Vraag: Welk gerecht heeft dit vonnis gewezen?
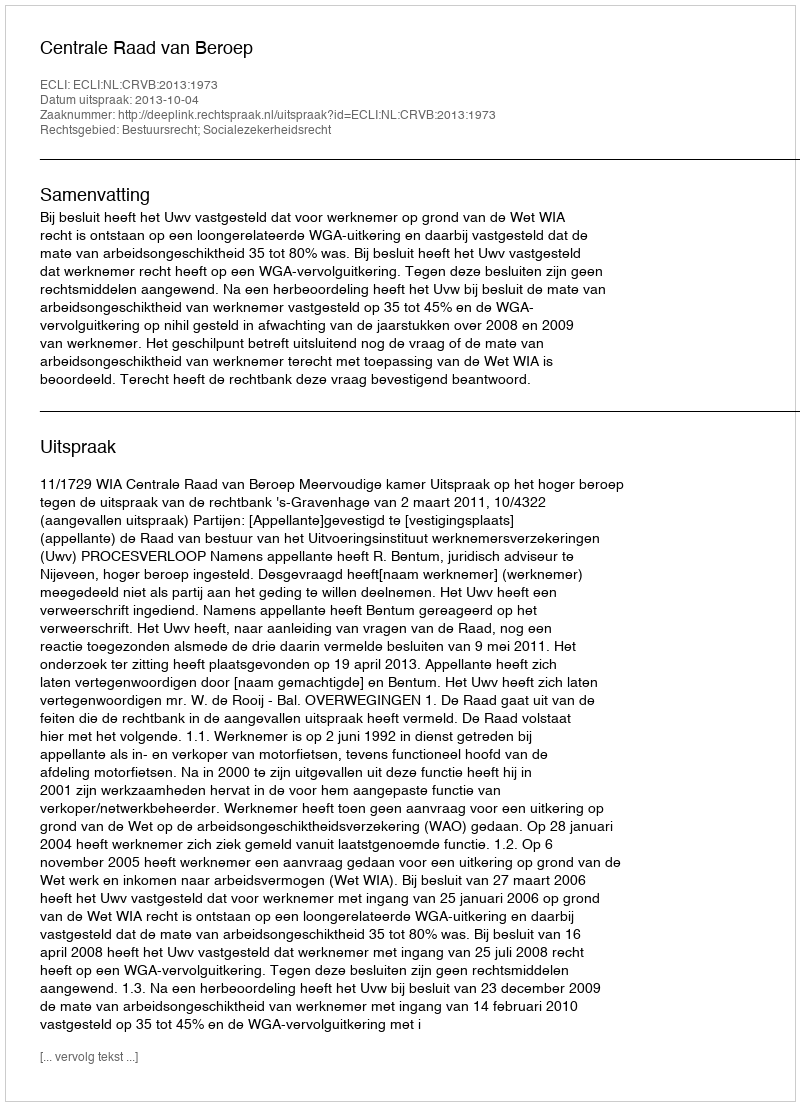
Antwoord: Centrale Raad van Beroep